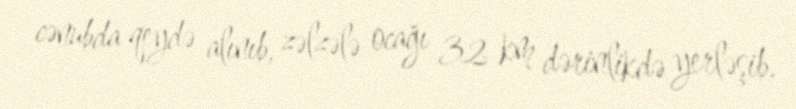
cənubda qeydə alınıb, zəlzələ ocağı 32 km dərinlikdə yerləşib.